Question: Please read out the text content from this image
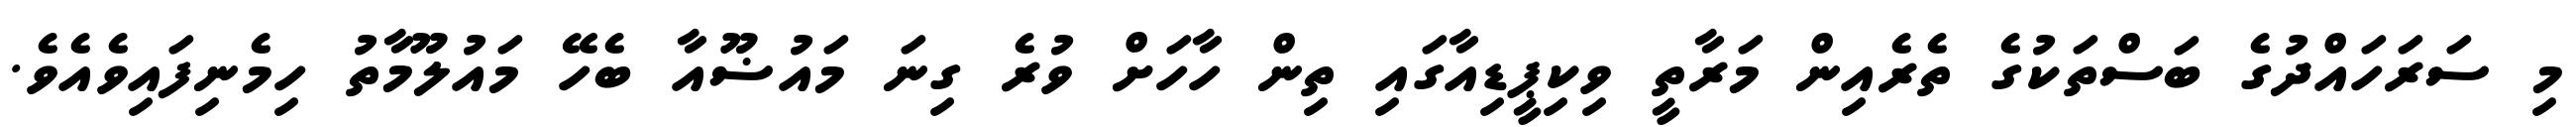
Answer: މި ސަރަހައްދުގެ ބަސްތަކުގެ ތެރެއިން މަރާތީ ވިކިޕީޑިއާގައި ތިން ހާހަށް ވުރެ ގިނަ މައުޟޫއާ ބެހޭ މައުލޫމާތު ހިމެނިފައިވެއެވެ.